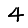
Digit: 4